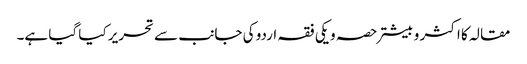
مقالہ کا اکثر و بیشتر حصہ ویکی فقہ اردو کی جانب سے تحریر کیا گیا ہے۔